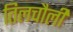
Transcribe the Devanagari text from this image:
तिलचौली